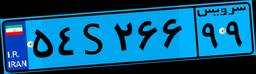
۵۴S۲۶۶۹۹